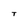
Character: T